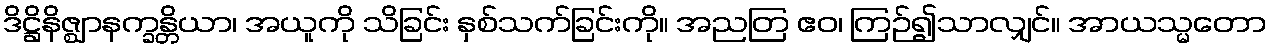
ဒိဋ္ဌိနိဇ္ဈာနက္ခန္တိယာ၊ အယူကို သိခြင်း နှစ်သက်ခြင်းကို။ အညတြ ဧဝ၊ ကြဉ်၍သာလျှင်။ အာယသ္မတော